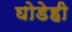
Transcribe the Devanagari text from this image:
घोडेही